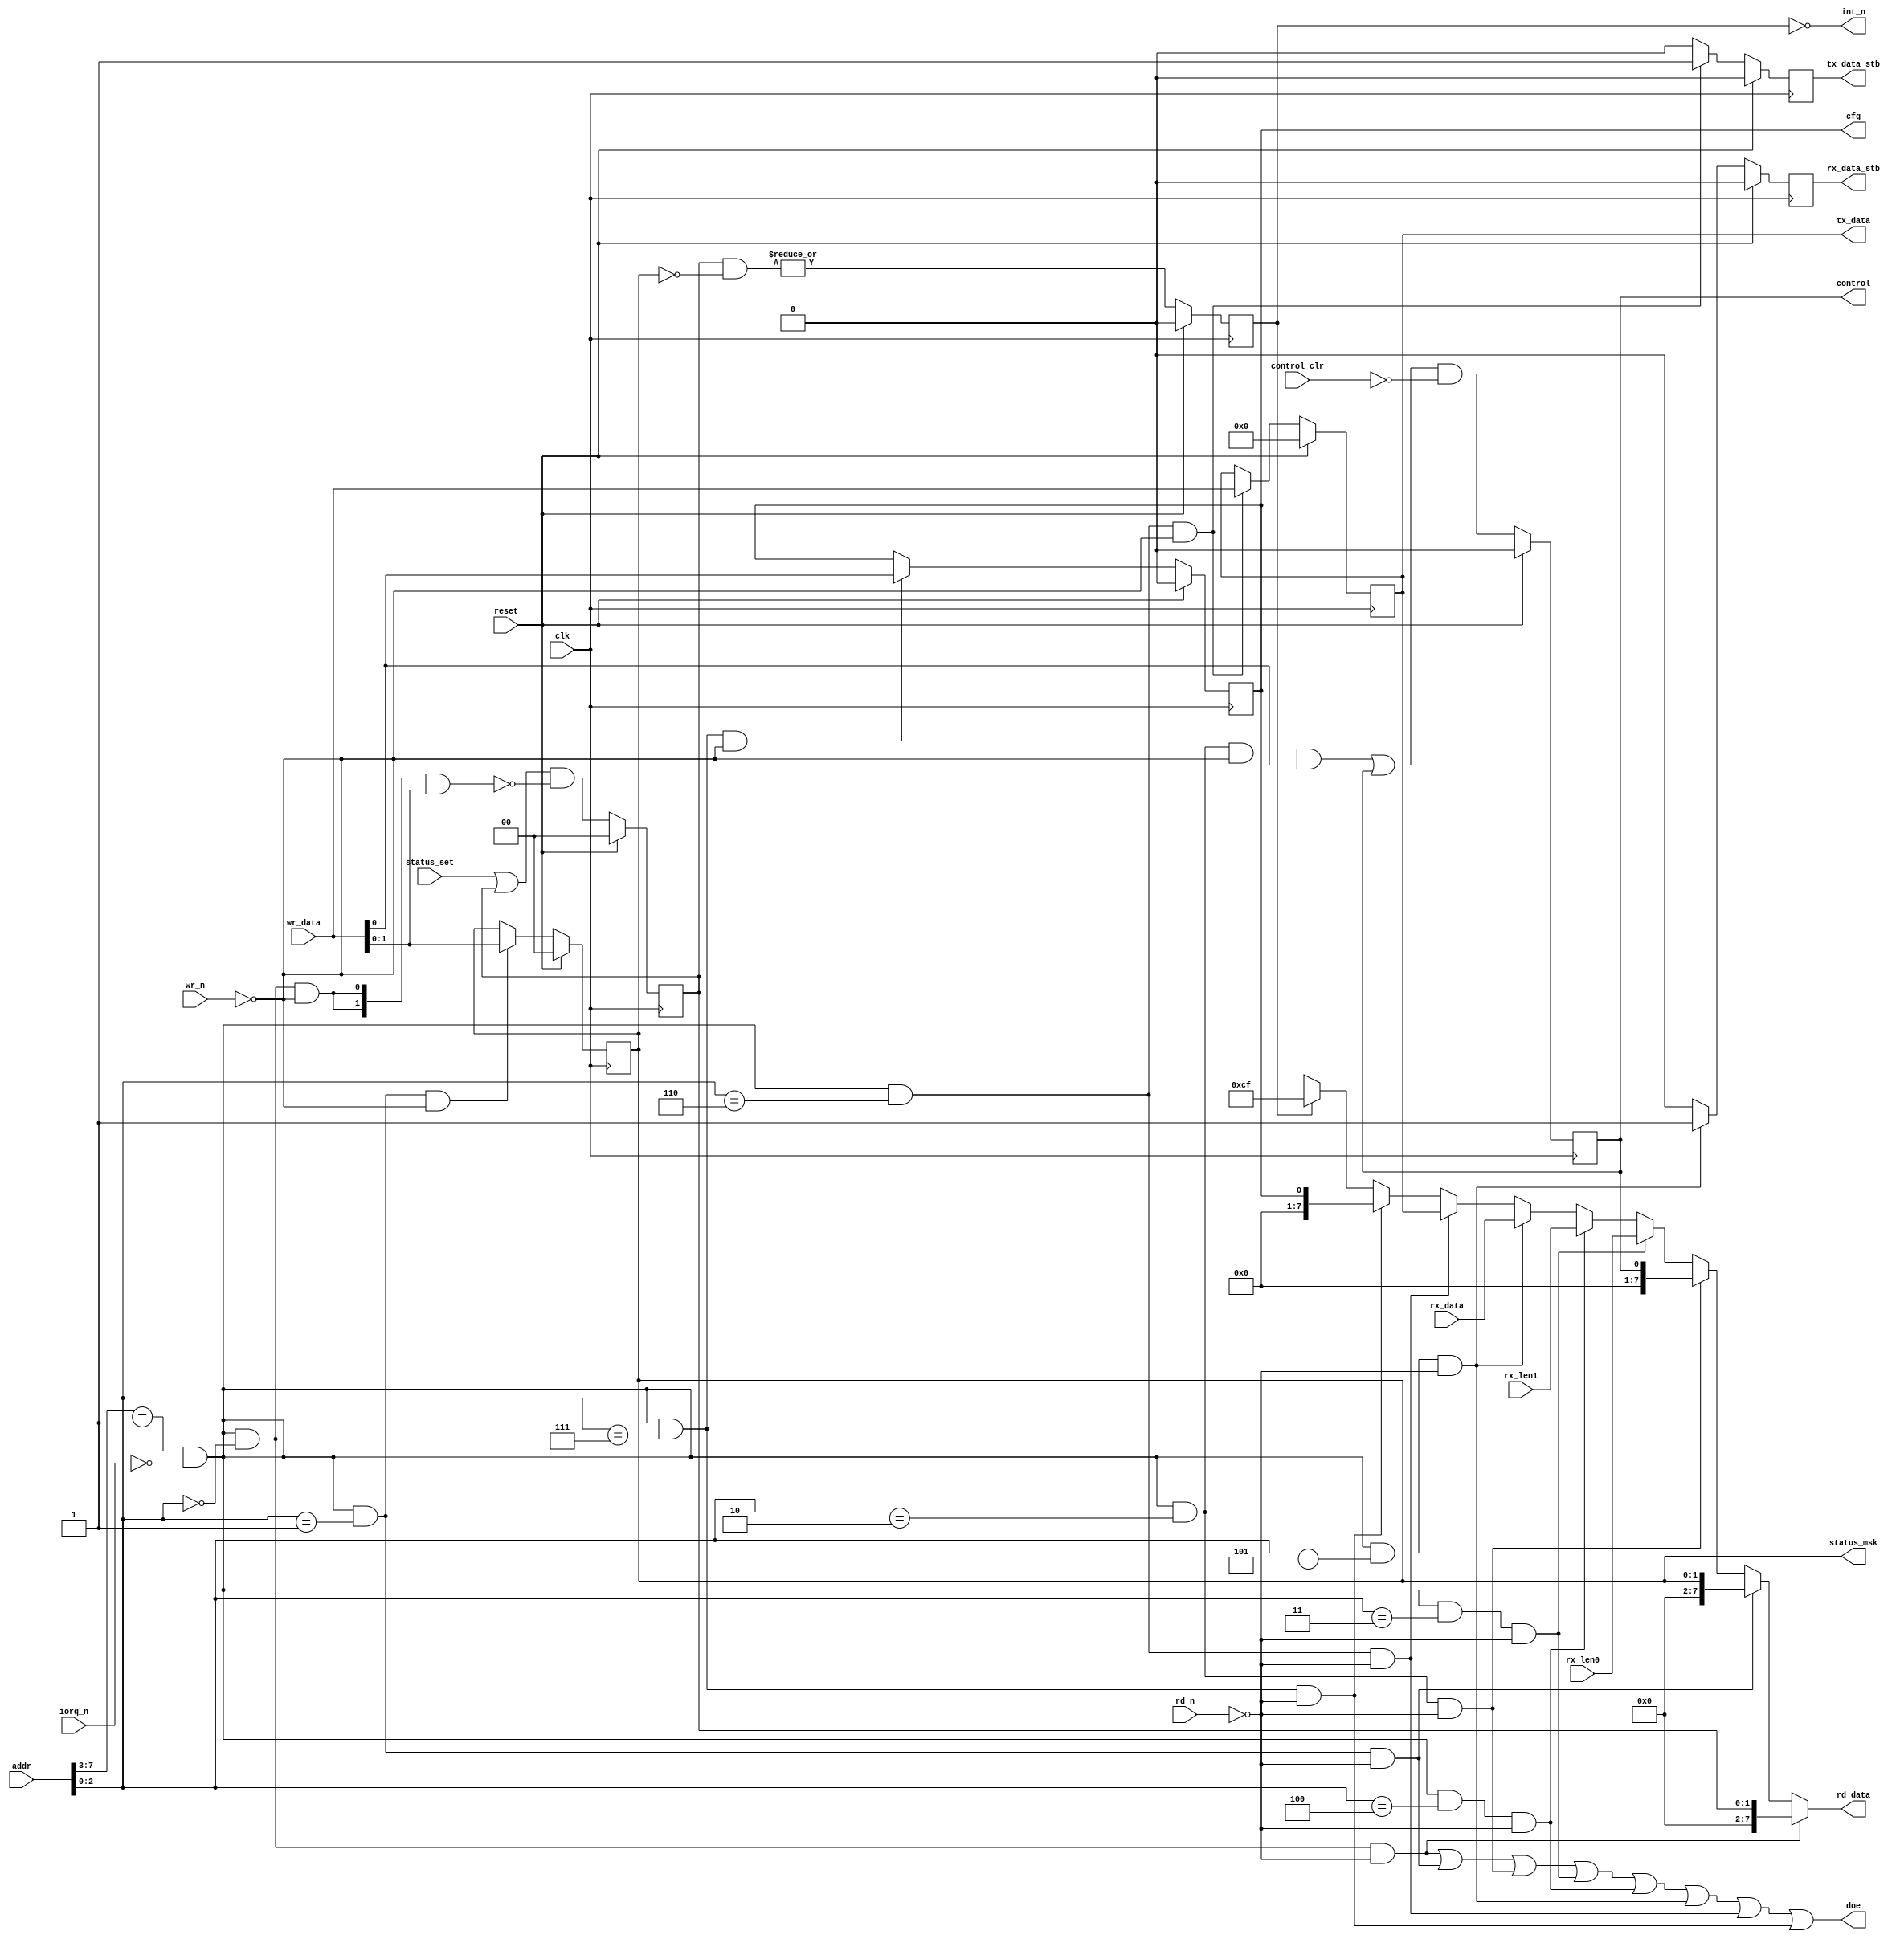
module simple_gmii_regs (
clk,reset,addr,wr_data,rd_data,doe,rd_n,wr_n,iorq_n,status_set,status_msk,control,control_clr,rx_len0,rx_len1,rx_data,rx_data_stb,tx_data,tx_data_stb,cfg,int_n);
input clk;
input reset;
input [15:0] addr;
input [7:0] wr_data;
output [7:0] rd_data;
output doe;
input rd_n;
input wr_n;
input iorq_n;
input [1:0] status_set;
output [1:0] status_msk;
output control;
input control_clr;
input [7:0] rx_len0;
input [7:0] rx_len1;
input [7:0] rx_data;
output rx_data_stb;
output [7:0] tx_data;
output tx_data_stb;
output cfg;
output int_n;
reg [7:0] rd_data;
reg block_select;
reg doe;
reg status_rd_sel;
reg [1:0] status;
reg status_wr_sel;
reg status_int;
reg [1:0] status_msk;
reg status_msk_rd_sel;
reg status_msk_wr_sel;
reg control;
reg control_rd_sel;
reg control_wr_sel;
reg rx_len0_rd_sel;
reg rx_len1_rd_sel;
reg rx_data_rd_sel;
reg rx_data_stb;
reg [7:0] tx_data;
reg tx_data_rd_sel;
reg tx_data_wr_sel;
reg tx_data_stb;
reg cfg;
reg cfg_rd_sel;
reg cfg_wr_sel;
reg int_n;
reg [7:0] int_vec;
always @*
  begin
    block_select = (addr[7:3] == 1) & !iorq_n;
    status_rd_sel = block_select & (addr[2:0] == 0) & !rd_n;
    status_wr_sel = block_select & (addr[2:0] == 0) & !wr_n;
    status_msk_rd_sel = block_select & (addr[2:0] == 1) & !rd_n;
    status_msk_wr_sel = block_select & (addr[2:0] == 1) & !wr_n;
    control_rd_sel = block_select & (addr[2:0] == 2) & !rd_n;
    control_wr_sel = block_select & (addr[2:0] == 2) & !wr_n;
    rx_len0_rd_sel = block_select & (addr[2:0] == 3) & !rd_n;
    rx_len1_rd_sel = block_select & (addr[2:0] == 4) & !rd_n;
    rx_data_rd_sel = block_select & (addr[2:0] == 5) & !rd_n;
    tx_data_rd_sel = block_select & (addr[2:0] == 6) & !rd_n;
    tx_data_wr_sel = block_select & (addr[2:0] == 6) & !wr_n;
    cfg_rd_sel = block_select & (addr[2:0] == 7) & !rd_n;
    cfg_wr_sel = block_select & (addr[2:0] == 7) & !wr_n;
  end
always @*
  begin
    case (1'b1)
      status_int : int_vec = 207;
      default : int_vec = 8'bx;
    endcase
    case (1'b1)
      status_rd_sel : rd_data = status;
      status_msk_rd_sel : rd_data = status_msk;
      control_rd_sel : rd_data = control;
      rx_len0_rd_sel : rd_data = rx_len0;
      rx_len1_rd_sel : rd_data = rx_len1;
      rx_data_rd_sel : rd_data = rx_data;
      tx_data_rd_sel : rd_data = tx_data;
      cfg_rd_sel : rd_data = cfg;
      default : rd_data = int_vec;
    endcase
    doe = status_rd_sel | status_msk_rd_sel | control_rd_sel | rx_len0_rd_sel | rx_len1_rd_sel | rx_data_rd_sel | tx_data_rd_sel | cfg_rd_sel;
  end
always @*
  begin
    int_n = ~(status_int);
  end
// register: status
always @(posedge clk)
  begin
    if (reset) status <= 0;
    else status <= (status_set | status) & ~( {2{status_wr_sel}} & wr_data);
    if (reset) status_int <= 0;
    else status_int <= |(status & ~status_msk);
  end
// register: status_msk
always @(posedge clk)
  begin
    if (reset) status_msk <= 0;
    else if (status_msk_wr_sel) status_msk <= wr_data;
  end
// register: control
always @(posedge clk)
  begin
    if (reset) control <= 0;
    else control <= ( ({1{control_wr_sel}} & wr_data) | control) & ~(control_clr);
  end
// register: rx_data
always @(posedge clk)
  begin
    if (reset) rx_data_stb <= 0;
    else if (rx_data_rd_sel) rx_data_stb <= 1;
    else rx_data_stb <= 0;
  end
always @(posedge clk)
  begin
    if (reset) tx_data <= 0;
    else if (tx_data_wr_sel) tx_data <= wr_data;
    if (reset) tx_data_stb <= 0;
    else if (tx_data_wr_sel) tx_data_stb <= 1;
    else tx_data_stb <= 0;
  end
// register: cfg
always @(posedge clk)
  begin
    if (reset) cfg <= 0;
    else if (cfg_wr_sel) cfg <= wr_data;
  end
endmodule